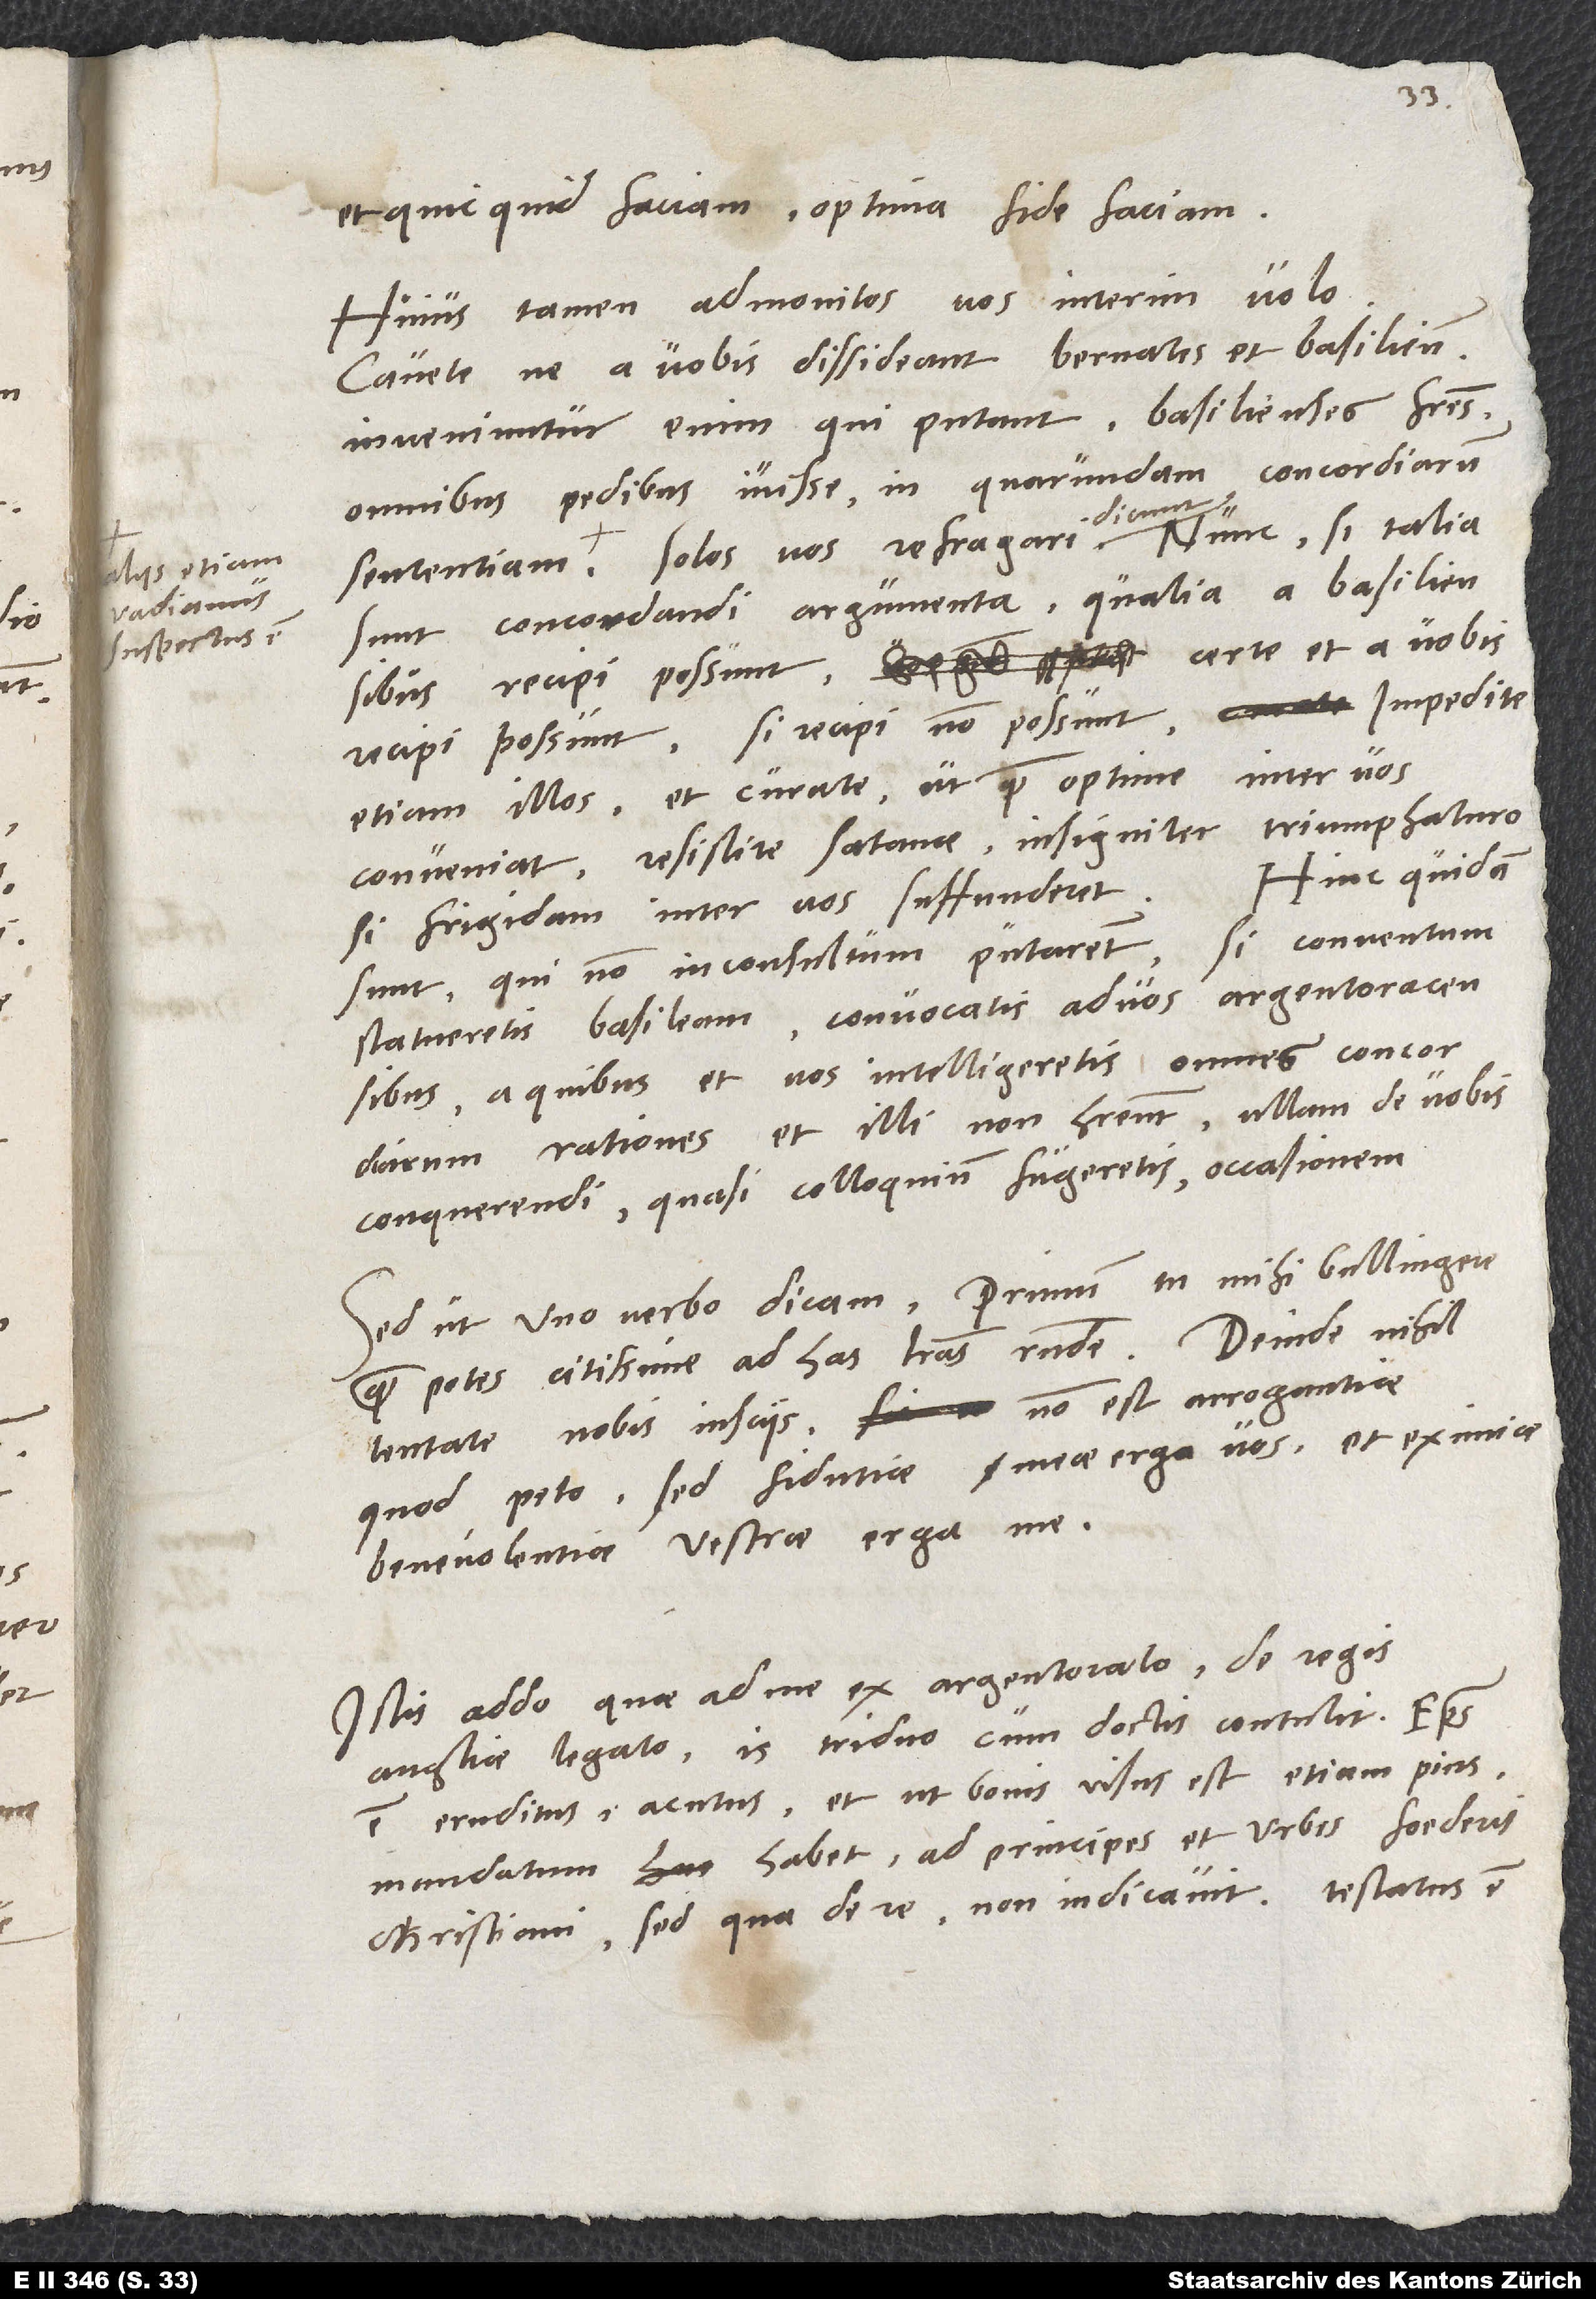
Aliis etiam
Vadianus
suspectus est,

et, quicquid faciam, optima fide faciam.
Huius tamen admonitos vos interim volo:
Cavete, ne a vobis dissideant Bernates et Basilienses.
Inveniuntur enim, qui putant Basilienses fratres
omnibus pedibus ivisse in quarundam concordiarum
sunt concordandi argumenta, qualia a Basiliensibus
recipi possunt, certe et a vobis
recipi possunt. Si recipi non possunt, impedite
etiam illos et curate, ut quam optime inter vos
conveniat. Resistite satanae insigniter triumphaturo,
Hinc quidam
si frigidam inter vos suffunderet.
sunt, qui non inconsultum putarent, si conventum
statueretis Basileam convocatis ad vos Argentoracenibus,
a quibus et vos intelligeretis omnes concordiarum
rationes, et illi non haberent ullam de vobis
conquerendi, quasi colloquium fugeretis, occasionem.
Sed ut uno verbo dicam: Primum tu mihi, Bullingere,
quam potes citissime ad has literas responde. Deinde nihil
tentate nobis insciis. Non est arrogantiae,
quod peto, sed fidutiae meae erga vos et eximiae
benevolentiae vestrae erga me.
Istis addo, quae ad me ex Argentorato de regis
Angliae legato. Is triduo cum doctis contulit. Episcopus
est eruditus, acutus et, ut bonis visus est, etiam pius.
Mandatum habet ad principes et urbes foederis
christiani, sed qua de re, non indicavit. Testatus est